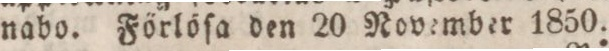
nabo. Förlöſa den 20 November 1850.